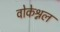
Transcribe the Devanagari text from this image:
वोकेश्नल